Papaver somniferum - Opium : an extract from the sixth volume of the Dictionary of Economic Products of India
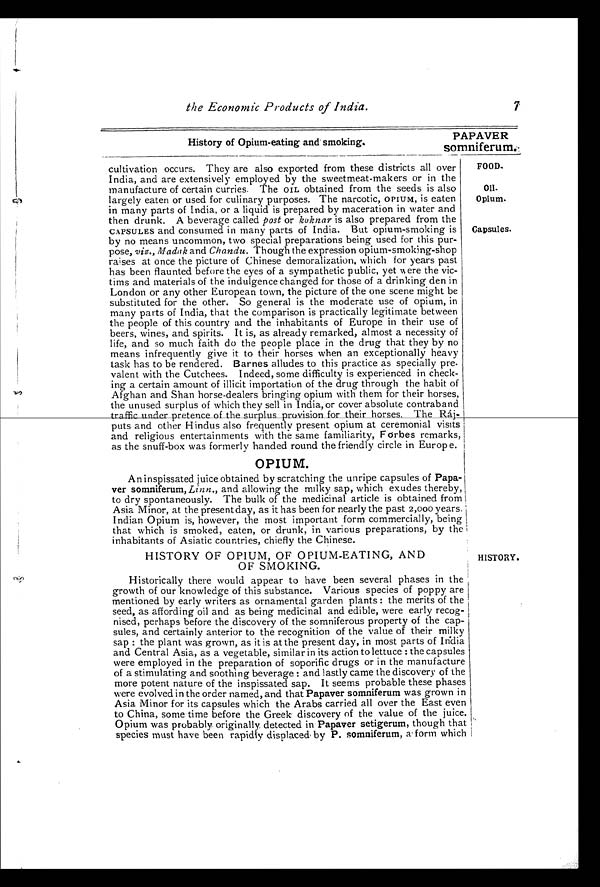
the Economic Products of India.
7
History of Opium-eating and smoking.
PAPAVER
somniferum.
cultivation occurs. They are also exported from these districts all over
India, and are extensively employed by the sweetmeat-makers or in the
manufacture of certain curries. The OIL obtained from the seeds is also
largely eaten or used for culinary purposes. The narcotic, OPIUM, is eaten
in many parts of India, or a liquid is prepared by maceration in water and
then drunk. A beverage called post or koknar is also prepared from the
CAPSULES and consumed in many parts of India. But opium-smoking is
by no means uncommon, two special preparations being used for this pur-
pose, viz., Madak and Chandu. Though the expression opium-smoking-shop
raises at once the picture of Chinese demoralization, which for years past
has been flaunted before the eyes of a sympathetic public, yet were the vic-
tims and materials of the indulgence changed for those of a drinking den in
London or any other European town, the picture of the one scene might be
substituted for the other. So general is the moderate use of opium, in
many parts of India, that the comparison is practically legitimate between
the people of this country and the inhabitants of Europe in their use of
beers, wines, and spirits. It is, as already remarked, almost a necessity of
life, and so much faith do the people place in the drug that they by no
means infrequently give it to their horses when an exceptionally heavy
task has to be rendered. Barnes alludes to this practice as specially pre
-
valent with the Cutchees. Indeed, some difficulty is experienced in check-
ing a certain amount of illicit importation of the drug through the habit of
Afghan and Shan horse-dealers bringing opium with them for their horses,
the unused surplus of which they sell in India, or cover absolute contraband
traffic under pretence of the surplus provision for their horses. The Ráj-
puts and other Hindus also frequently present opium at ceremonial visits
and religious entertainments with the same familiarity, Forbes remarks,
as the snuff-box was formerly handed round the friendly circle in Europe.
FOOD -
Oil.
Opium.
Capsules.
OPIUM.
An inspissated juice obtained by scratching the unripe capsules of Papa-
ver somniferum, Linn., and allowing the milky sap, which exudes thereby,
to dry spontaneously. The bulk of the medicinal article is obtained from
Asia Minor, at the present day, as it has been for nearly the past 2,000 years.
Indian Opium is, however, the most important form commercially, being
that which is smoked, eaten, or drunk, in various preparations, by the
inhabitants of Asiatic countries, chiefly the Chinese.
HISTORY OF OPIUM, OF OPIUM-EATING, AND
OF SMOKING.
HISTORY.
Historically there would appear to have been several phases in the
growth of our knowledge of this substance. Various species of poppy are
mentioned by early writers as ornamental garden plants : the merits of the
seed, as affording oil and as being medicinal and edible, were early recog-
nised, perhaps before the discovery of the somniferous property of the cap-
sules, and certainly anterior to the recognition of the value of their milky
sap : the plant was grown, as it is at the present day, in most parts of India
and Central Asia, as a vegetable, similar in its action to lettuce : the capsules
were employed in the preparation of soporific drugs or in the manufacture
of a stimulating and soothing beverage : and lastly came the discovery of the
more potent nature of the inspissated sap. It seems probable these phases
were evolved in the order named, and that Papaver somniferum was grown in
Asia Minor for its capsules which the Arabs carried all over the East even
to China, some time before the Greek discovery of the value of the juice.
Opium was probably originally, detected in Papaver setigerum, though that
species must have been rapidly displaced by P. somniferum, a form which